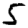
Digit: 5